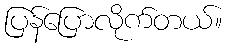
ပြန်ပြောလိုက်တယ်။